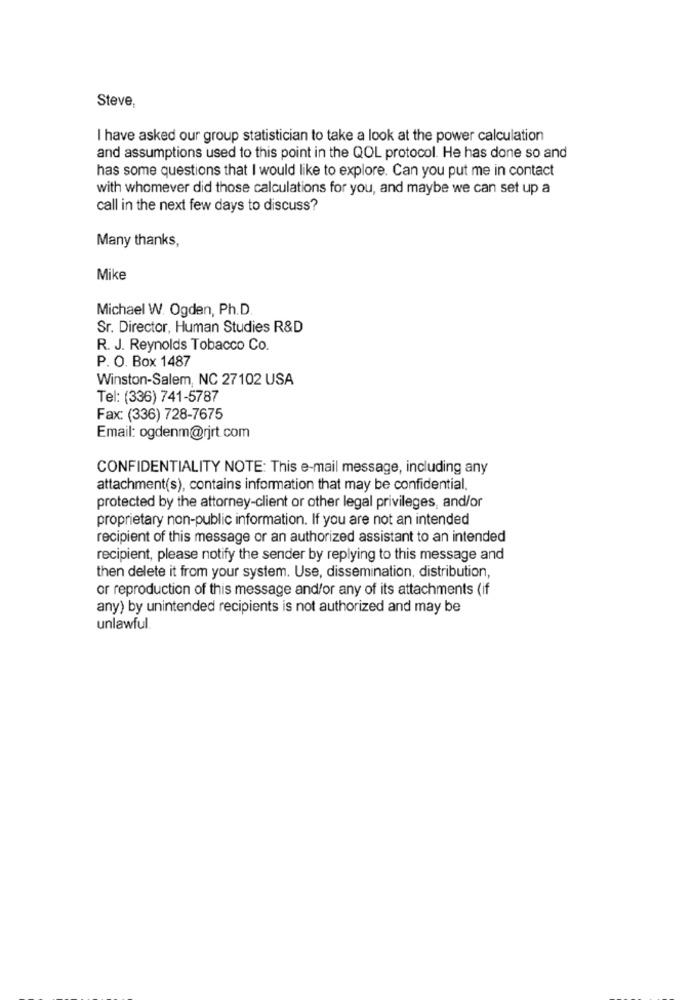
Steve
I have asked our group statistician to take a look at the power calculation
and assumptions used to this point in the QOL protocol. He has done so and
has some questions that I would like to explore. Can you put me in contact
with whomever did those calculations for you, and maybe we can set up a
call in the next few days to discuss?
Many thanks,
Mike
Michael W. Ogden, Ph.D.
Sr. Director, Human Studies R&D
R. J. Reynolds Tobacco Co.
P. O. Box 1487
Winston-Salem, NC 27102 USA
Tel: (336) 741-5787
Fax: (336) 728-7675
Email: ogdenm@rjrt.com
CONFIDENTIALITY NOTE: This e-mail message, including any
attachment(s), contains information that may be confidential.
protected by the attorney-client or other legal privileges, and/or
proprietary non-public information. If you are not an intended
recipient of this message or an authorized assistant to an intended
recipient, please notify the sender by replying to this message and
then delete it from your system. Use, dissemination, distribution,
or reproduction of this message and/or any of its attachments (if
any) by unintended recipients is not authorized and may be
unlawful.